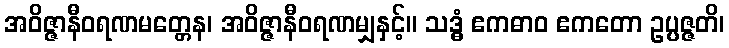
အဝိဇ္ဇာနီဝရဏမတ္တေန၊ အဝိဇ္ဇာနီဝရဏမျှနှင့်။ သဒ္ဓံ ဧကဓာဝ ဧကတော ဥပ္ပဇ္ဇတိ၊